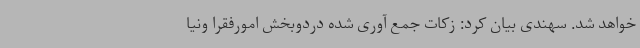
خواهد شد. سهندی بیان کرد: زکات جمع آوری شده دردوبخش امورفقرا ونیا